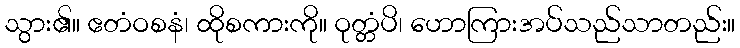
သွား၏။ ဧတံဝစနံ၊ ထိုစကားကို။ ဝုတ္တံပိ၊ ဟောကြားအပ်သည်သာတည်း။